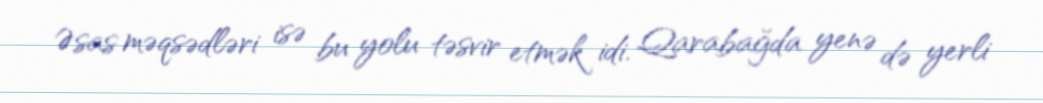
Əsas məqsədləri isə bu yolu təsvir etmək idi. Qarabağda yenə də yerli